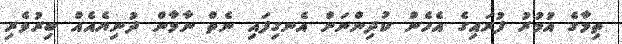
ތިމާގެ އުމުރު ފުރައިގެ އެހެން ކުދިންނަށް އެނގިފައި ނެތް ނާމާން ދުނިޔެއެއް ބިރުވެރި